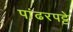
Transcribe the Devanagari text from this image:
पांढरपट्टे